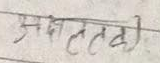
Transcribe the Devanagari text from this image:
प्रचलता